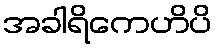
အခါရိကေဟိပိ